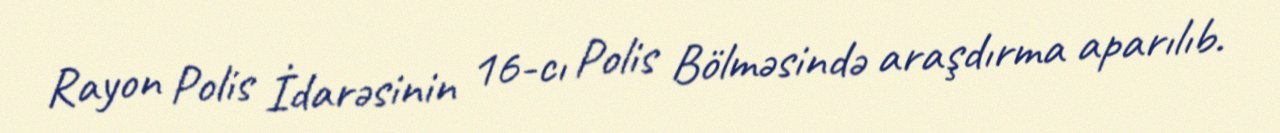
Rayon Polis İdarəsinin 16-cı Polis Bölməsində araşdırma aparılıb.